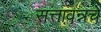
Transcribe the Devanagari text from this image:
सत्तावन्नचे